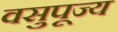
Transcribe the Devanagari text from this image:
वसुपूज्य